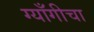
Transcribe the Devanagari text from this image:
ग्याँगीचा